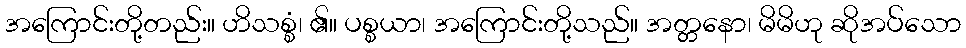
အကြောင်းတို့တည်း။ ဟိသစ္စံ၊ ၏။ ပစ္စယာ၊ အကြောင်းတို့သည်။ အတ္တနော၊ မိမိဟု ဆိုအပ်သော